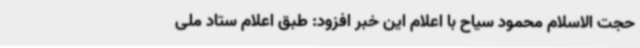
حجت الاسلام محمود سیاح با اعلام این خبر افزود: طبق اعلام ستاد ملی